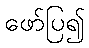
ဖော်ပြ၍